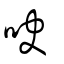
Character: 吷